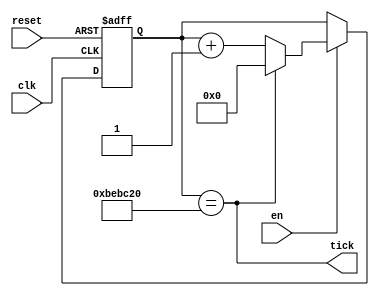
module timer_1sec
	(
		output tick,
		input reset,clk,en
	);
	
	localparam CLOCK_FREQ = 50000000/4;
	reg [26:0] timer_reg;
	wire [26:0] timer_next;
	
	//registors
	always @(posedge clk, posedge reset)
		if(reset)
			timer_reg <= 0;
		else
			timer_reg <= timer_next;
	
	//next state logic
	assign timer_next = (en)? ((tick) ? 0 : timer_reg + 1) : timer_reg;
	
	//output logic
	assign tick = (timer_reg == CLOCK_FREQ); 
	
endmodule